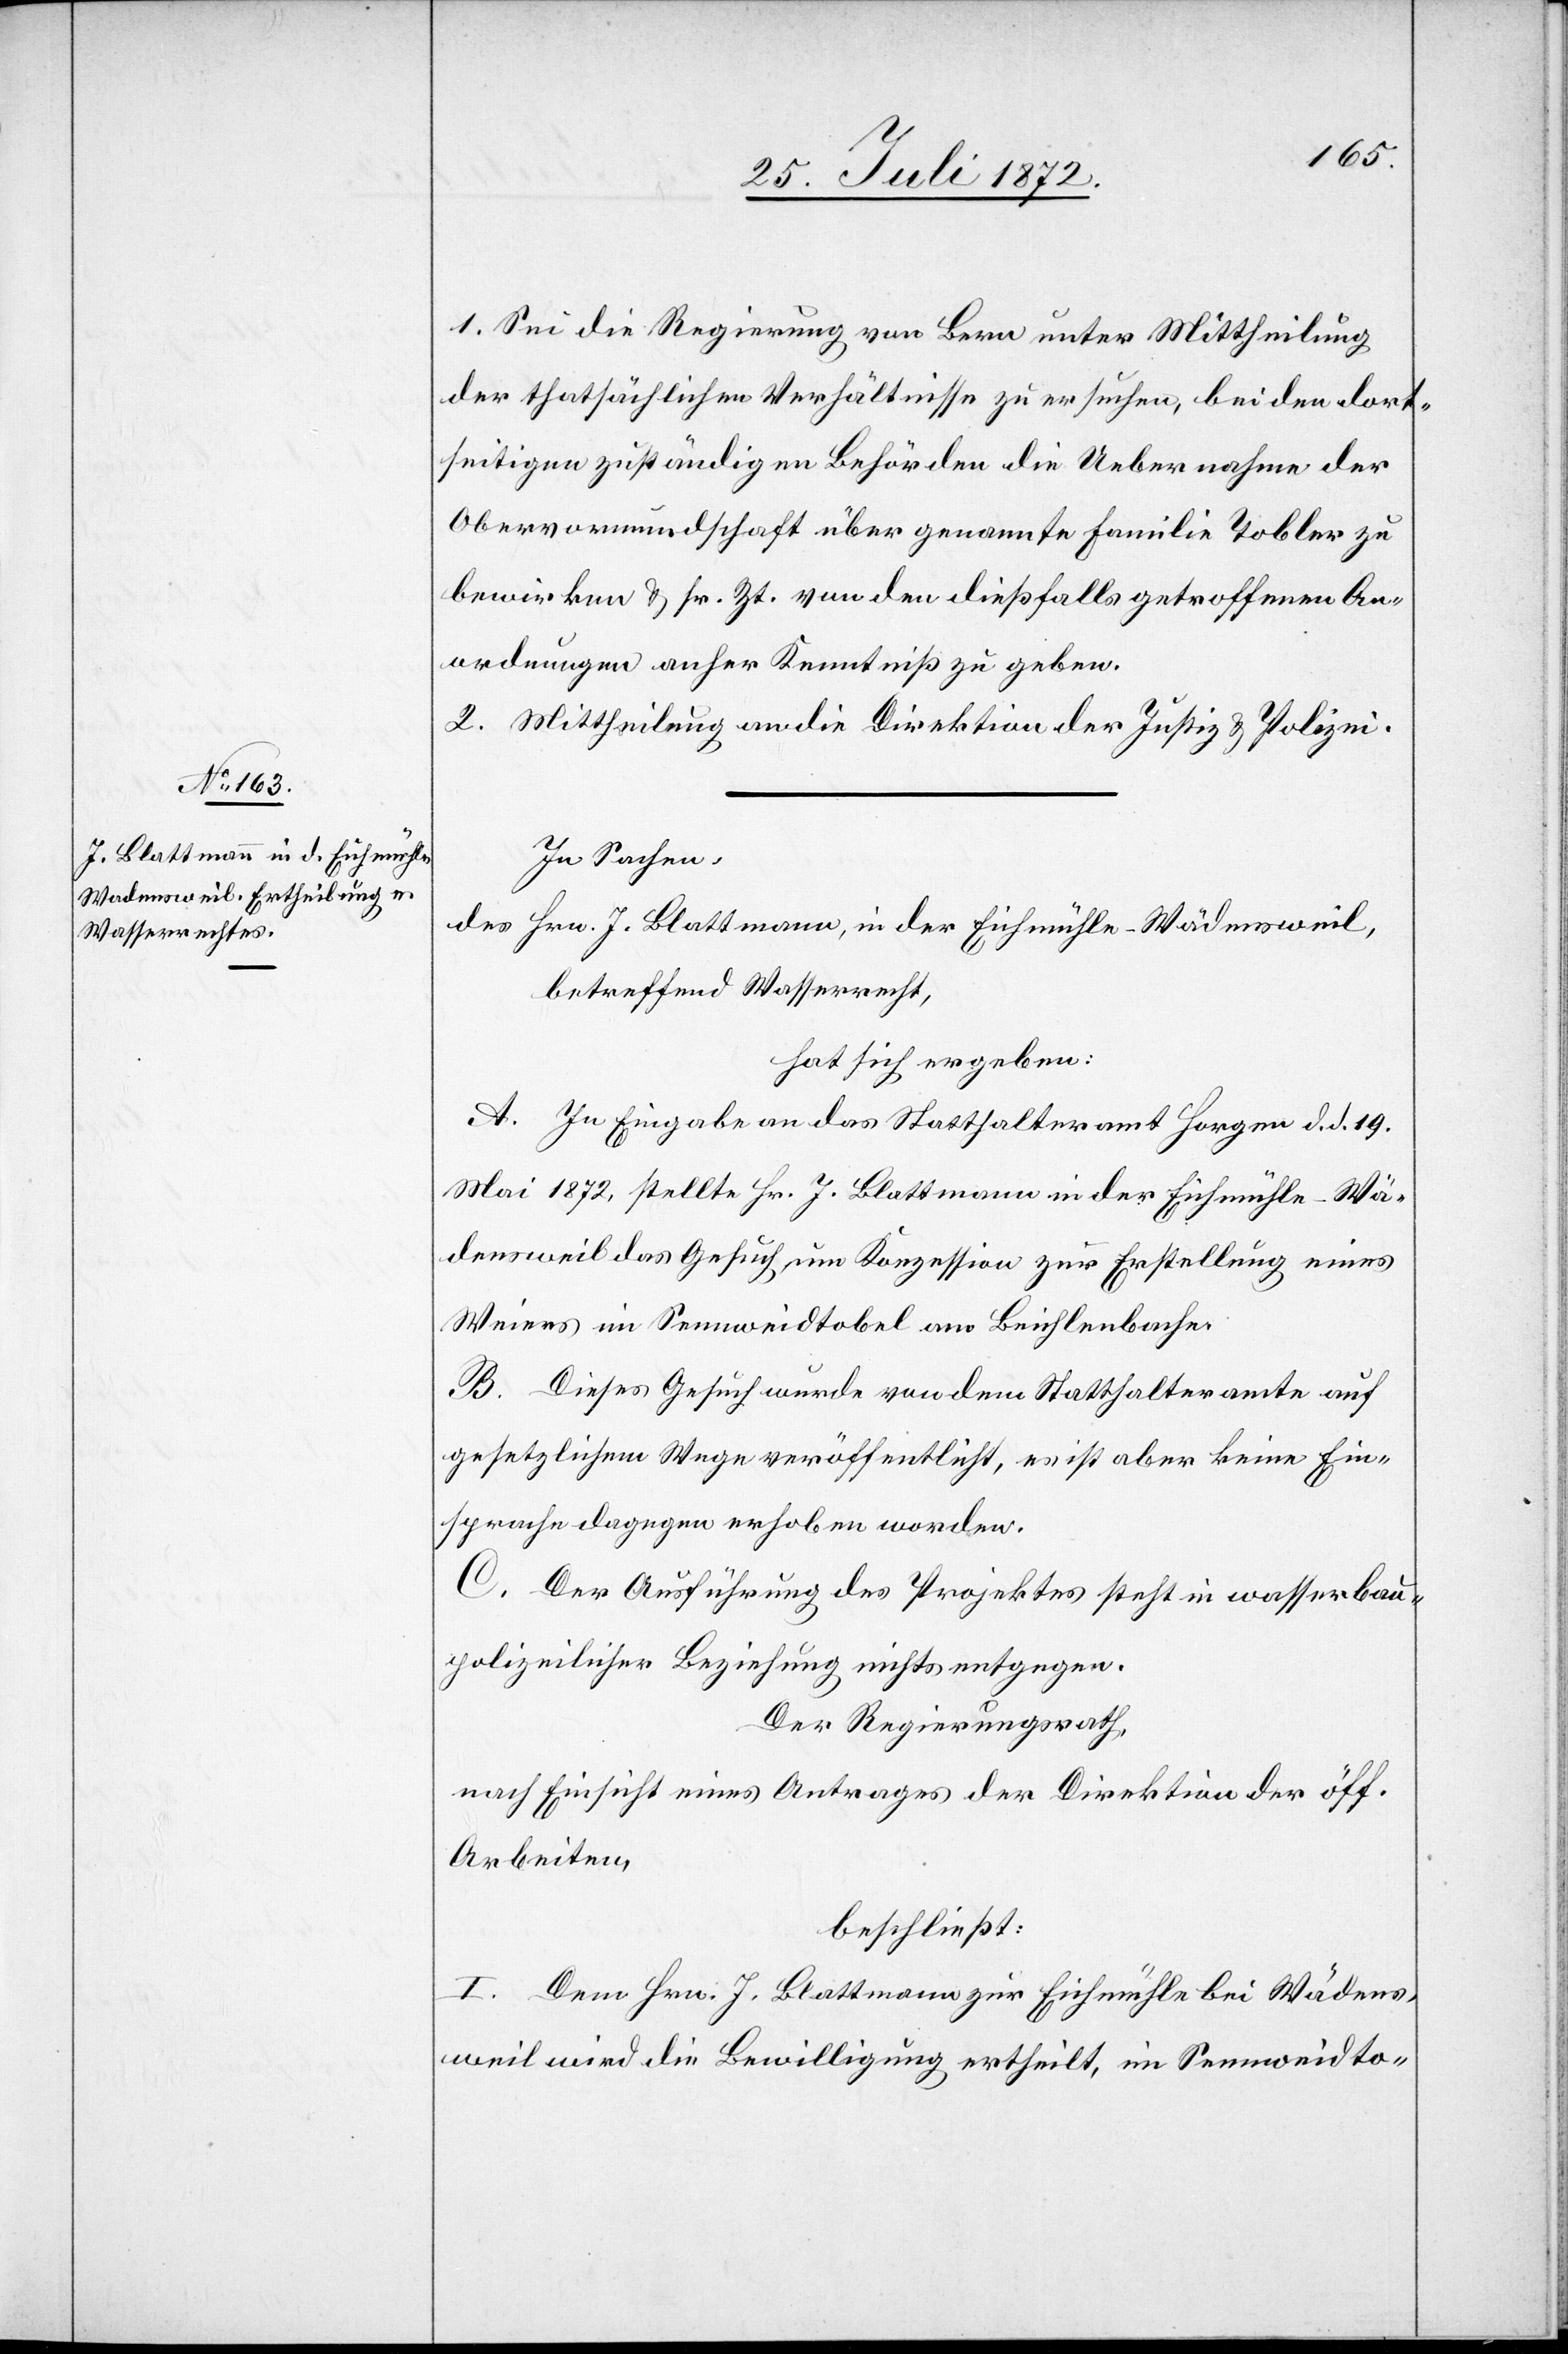
1. Sei die Regierung von Bern unter Mittheilung
der thatsächlichen Verhältnisse zu ersuchen, bei den dort¬
seitigen zuständigen Behörden die Uebernahme der
Obervormundschaft über genannte Familie Tobler zu
bewirken u. sr. Zt. von den dießfalls getroffenen An¬
ordnungen anher Kenntniß zu geben.
2. Mittheilung an die Direktion der Justiz u. Polizei.
In Sachen,
des Hrn. J. Blattmann, in der Eichmühle-Wädensweil,
betreffend Wasserrecht,
hat sich ergeben:
A. In Eingabe an das Statthalteramt Horgen d. d. 19.
Mai 1872, stellte Hr. J. Blattmann in der Eichmühle-Wä¬
densweil das Gesuch um Konzession zur Erstellung eines
Weiers im Sennweidtobel am Beichlenbache.
B. Dieses Gesuch wurde von dem Statthalteramte auf
gesetzlichem Wege veröffentlicht, es ist aber keine Ein¬
sprache dagegen erhoben worden.
C. Der Ausführung des Projektes steht in wasserbau¬
polizeilicher Beziehung nichts entgegen.
Der Regierungsrath,
nach Einsicht eines Antrages der Direktion der öff.
Arbeiten,
beschließt:
I. Dem Hrn. J. Blattmann zur Eichmühle bei Wädens¬
weil wird die Bewilligung ertheilt, im Sennweidto-